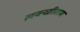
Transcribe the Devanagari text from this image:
लक्खीराम